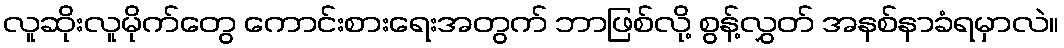
လူဆိုးလူမိုက်တွေ ကောင်းစားရေးအတွက် ဘာဖြစ်လို့ စွန့်လွှတ် အနစ်နာခံရမှာလဲ။